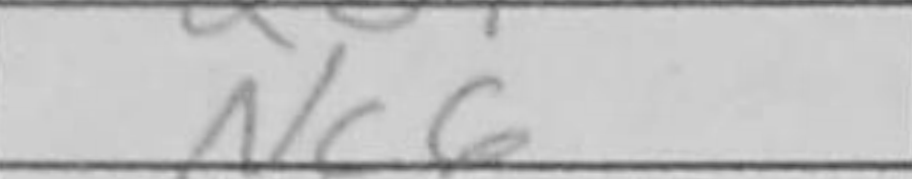
Transcription: Nc6